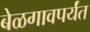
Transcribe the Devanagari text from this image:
बेळगावपर्यंत